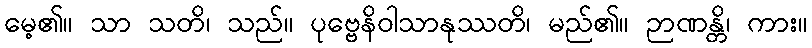
မေ့၏။ သာ သတိ၊ သည်။ ပုဗ္ဗေနိဝါသာနုဿတိ၊ မည်၏။ ဉာဏန္တိ၊ ကား။